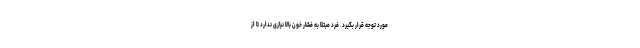
مورد توجه قرار بگیرد. فرد مبتلا به فشار خون بالا نیازی ندارد تا از